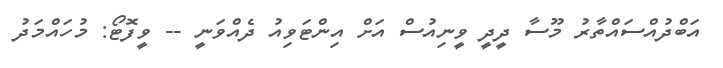
އަބްދުއްސައްތާރު މޫސާ ދީދީ ވީނިއުސް އަށް އިންޓަވިއު ދެއްވަނީ -- ވީފޮޓޯ: މުހައްމަދު